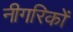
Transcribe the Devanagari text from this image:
नीगरिकों